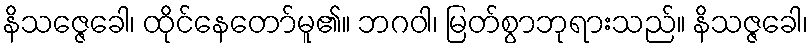
နိသဇ္ဇေခေါ၊ ထိုင်နေတော်မူ၏။ ဘဂဝါ၊ မြတ်စွာဘုရားသည်။ နိသဇ္ဇခေါ၊